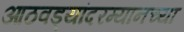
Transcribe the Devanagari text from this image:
आठवड्यांदरम्यानच्या